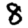
Digit: 8